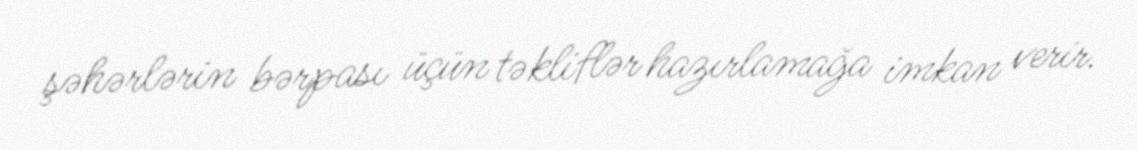
şəhərlərin bərpası üçün təkliflər hazırlamağa imkan verir.